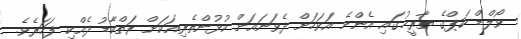
ވޯލްޑް ކަޕްގެ ތާރީޚުގައި އެންމެ އަވަހަށް ދެވަނައަށް ކުޅުންތެރިއަކަށް ރަތްކާޑު ދެއްކި ފަހަރެވެ.